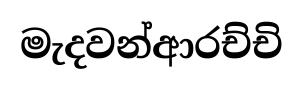
මැදවන්ආරච්චි